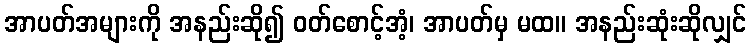
အာပတ်အများကို အနည်းဆို၍ ဝတ်စောင့်အံ့၊ အာပတ်မှ မထ။ အနည်းဆုံးဆိုလျှင်